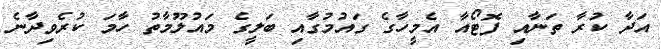
އަދާ ކުރާ ތަނާއި ފޮޓޯއާ އެމީހާގެ ގައުމުގާއި ބަލީގެ މައުލޫމާތު ހާމަ ކުރެވިދާނެ